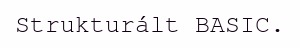
Strukturált BASIC.